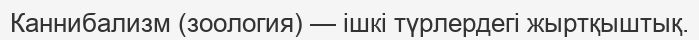
Каннибализм (зоология) — ішкі түрлердегі жыртқыштық.